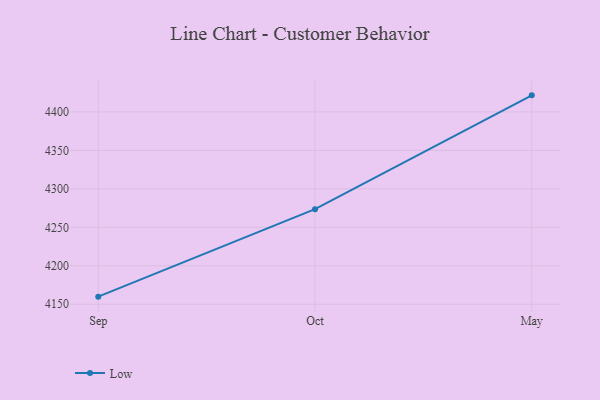
{"axis": {"x": "Month", "y": "Page Views"}, "legend": ["Low"], "data": [{"x": "Sep", "y": 4159.9, "type": "Low"}, {"x": "Oct", "y": 4273.6, "type": "Low"}, {"x": "May", "y": 4421.6, "type": "Low"}]}